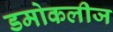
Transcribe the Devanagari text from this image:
डमोकलीज